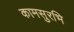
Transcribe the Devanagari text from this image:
कामसुरभि